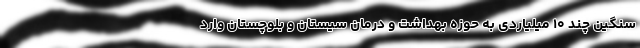
سنگین چند ۱۰ میلیاردی به حوزه بهداشت و درمان سیستان و بلوچستان وارد